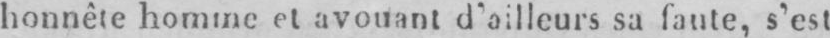
honnête homme et avouant d’ailleurs sa faute, s’est